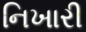
નિખારી